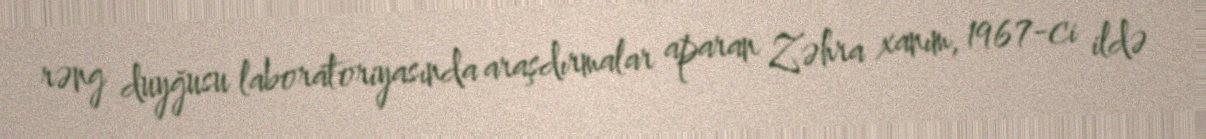
rəng duyğusu laboratoriyasında araşdırmalar aparan Zəhra xanım, 1967-ci ildə